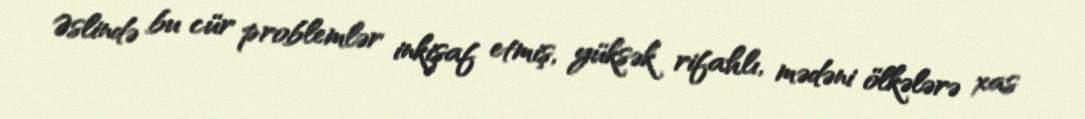
Əslində bu cür problemlər inkişaf etmiş, yüksək rifahlı, mədəni ölkələrə xas